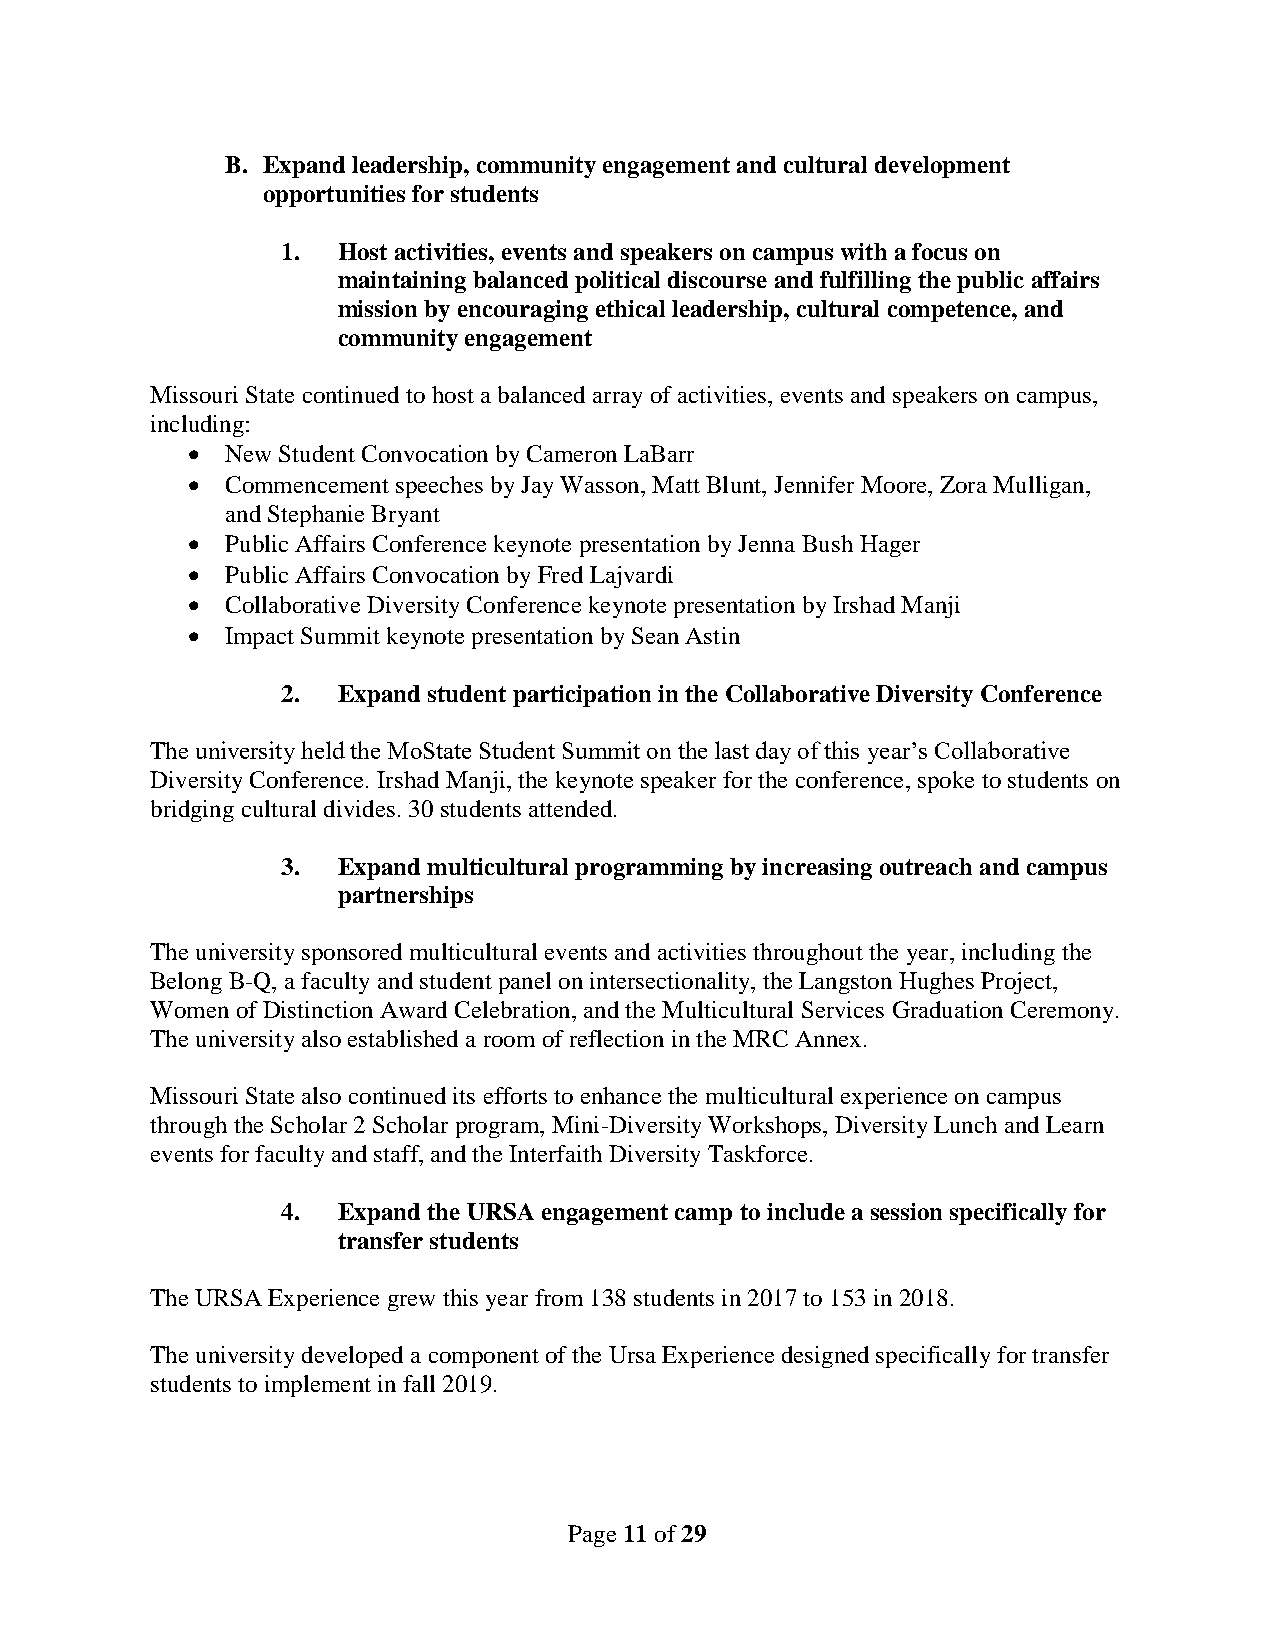
B. Expand leadership, community engagement and cultural development
 opportunities for students
 1. Host activities, events and speakers on campus with a focus on
 maintaining balanced political discourse and fulfilling the public affairs
 mission by encouraging ethical leadership, cultural competence, and
 community engagement
 Missouri State continued to host a balanced array of activities, events and speakers on campus,
 including:
   New Student Convocation by Cameron LaBarr
   Commencement speeches by Jay Wasson, Matt Blunt, Jennifer Moore, Zora Mulligan,
 and Stephanie Bryant
   Public Affairs Conference keynote presentation by Jenna Bush Hager
   Public Affairs Convocation by Fred Lajvardi
   Collaborative Diversity Conference keynote presentation by Irshad Manji
   Impact Summit keynote presentation by Sean Astin
 2. Expand student participation in the Collaborative Diversity Conference
 The university held the MoState Student Summit on the last day of this year’s Collaborative
 Diversity Conference. Irshad Manji, the keynote speaker for the conference, spoke to students on
 bridging cultural divides. 30 students attended.
 3. Expand multicultural programming by increasing outreach and campus
 partnerships
 The university sponsored multicultural events and activities throughout the year, including the
 Belong B-Q, a faculty and student panel on intersectionality, the Langston Hughes Project,
 Women of Distinction Award Celebration, and the Multicultural Services Graduation Ceremony.
 The university also established a room of reflection in the MRC Annex.
 Missouri State also continued its efforts to enhance the multicultural experience on campus
 through the Scholar 2 Scholar program, Mini-Diversity Workshops, Diversity Lunch and Learn
 events for faculty and staff, and the Interfaith Diversity Taskforce.
 4. Expand the URSA engagement camp to include a session specifically for
 transfer students
 The URSA Experience grew this year from 138 students in 2017 to 153 in 2018.
 The university developed a component of the Ursa Experience designed specifically for transfer
 students to implement in fall 2019.
 Page 11 of 29